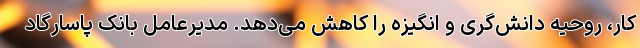
کار، روحیه دانش‌گری و انگیزه را کاهش می‌دهد. مدیرعامل بانک پاسارگاد